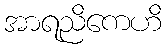
အာရညိကေဟိ